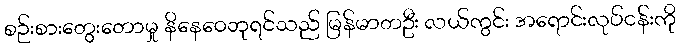
စဉ်းစားတွေးတောမှု နိနေဝေဘုရင်သည် မြန်မာတဦး လယ်ကွင်း အရောင်းလုပ်ငန်းကို